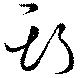
斯